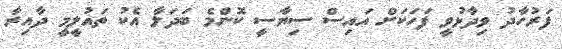
ފަރުހާދު ވިދާޅުވީ ފަހަކަށް އައިސް ސިޔާސީ ކޮންމެ ބަދަލާ އެކު ތައުލީމީ ދާއިރާ